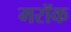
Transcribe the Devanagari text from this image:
मरॉक